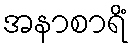
အနာစာရိံ